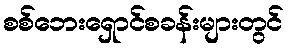
စစ်ဘေးရှောင်စခန်းများတွင်